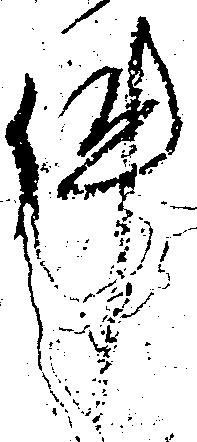
件